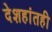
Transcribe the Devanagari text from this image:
देशहांतही